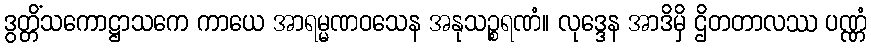
ဒွတ္တိံသကောဋ္ဌာသကေ ကာယေ အာရမ္မဏဝသေန အနုသဉ္စရဏံ။ လုဒ္ဒေန အာဒိမှိ ဌိတတာလဿ ပဏ္ဏံ